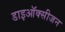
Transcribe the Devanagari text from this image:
डाइऑक्सीजन